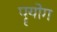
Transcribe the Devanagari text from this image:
पॄयोग